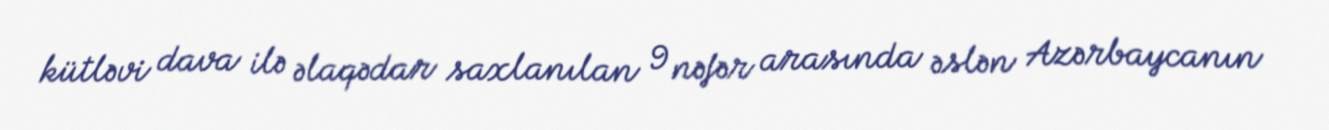
kütləvi dava ilə əlaqədar saxlanılan 9 nəfər arasında əslən Azərbaycanın